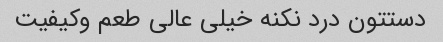
دستتون درد نکنه خیلی عالی طعم وکیفیت